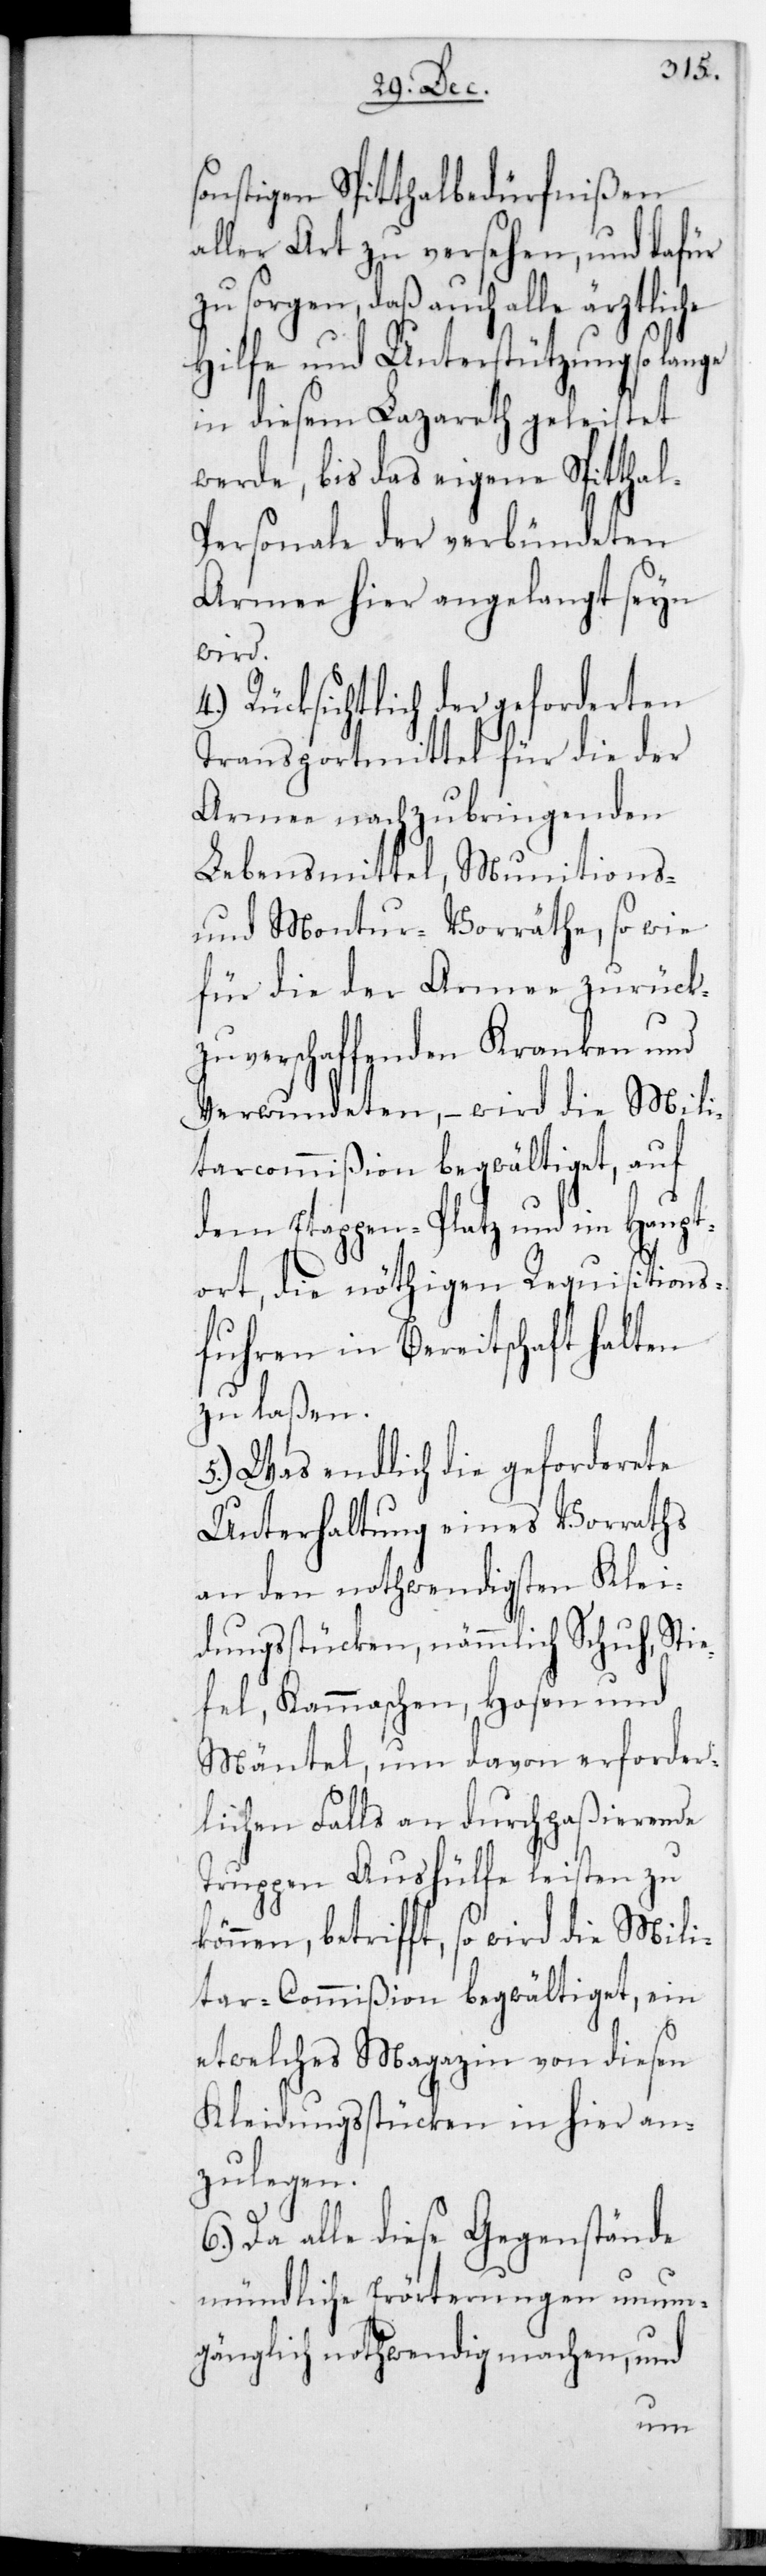
sonstigen Spitalbedürfnißen
aller Art zu versehen, und dafür
zu sorgen, daß auch alle ärztlic¬
Hilfe und Unterstützung so lange
in diesem Lazarett geleistet
werde, bis das eigene Spital¬
personale der verbündeten
Armee hier angelangt sein
wird.
4.) Rücksichtlich der gefordereten
Transportmittel für die der
Armee nachzubringenden
Lebensmittel, Munitions-
und Montur-Vorräthe, sowie
für die der Armee zurück¬
zuschaffenden Kranken und
Verwundeten, – wird die Mili¬
tarcommißion begwältiget, auf
dem Etappen-Platz und im Haupt¬
ort, die nöthigen Requisitions¬
fuhren in Bereitschaft halten
zu laßen.
5.) Was endlich die geforderete
Unterhaltung eines Vorraths
an den nothwendigsten Klei¬
dungsstücken, nämmlich Schuh, Sti¬
efel, Kammaschen, Hosen und
Mäntel, um davon erforder¬
lichenfalls an durchpaßierende
Truppen Aushilfe leisten zu
können betrifft, so wird die Mili¬
tar-Commißion begwältiget, ein
etwelches Magazin von diesen
Kleidungsstücken in hier an¬
zulegen.
Da alle diese Gegenstände
mündliche Erörterungen unum¬
gänglich nothwendig machen, und
he